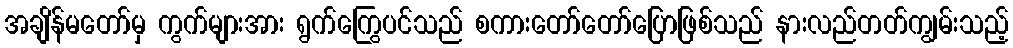
အချိန်မတော်မှ ကွက်များအား ရွက်ကြွေပင်သည် စကားတော်တော်ပြောဖြစ်သည် နားလည်တတ်ကျွမ်းသည့်